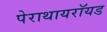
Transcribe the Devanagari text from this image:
पेराथायरॉयड